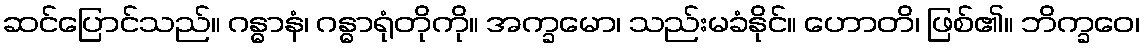
ဆင်ပြောင်သည်။ ဂန္ဓာနံ၊ ဂန္ဓာရုံတိုကို။ အက္ခမော၊ သည်းမခံနိုင်။ ဟောတိ၊ ဖြစ်၏။ ဘိက္ခဝေ၊